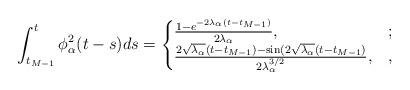
LaTeX: \begin{align*} \int_{t_{M-1}}^t \phi^2_\alpha(t-s) ds=\begin{cases}\frac{1-e^{-2\lambda_\alpha (t-t_{M-1})}}{2\lambda_\alpha},&;\\\frac{2\sqrt{\lambda_\alpha}(t-t_{M-1})-\sin(2\sqrt{\lambda_\alpha}(t-t_{M-1})}{2\lambda_\alpha^{3/2}},&,\end{cases}\end{align*}